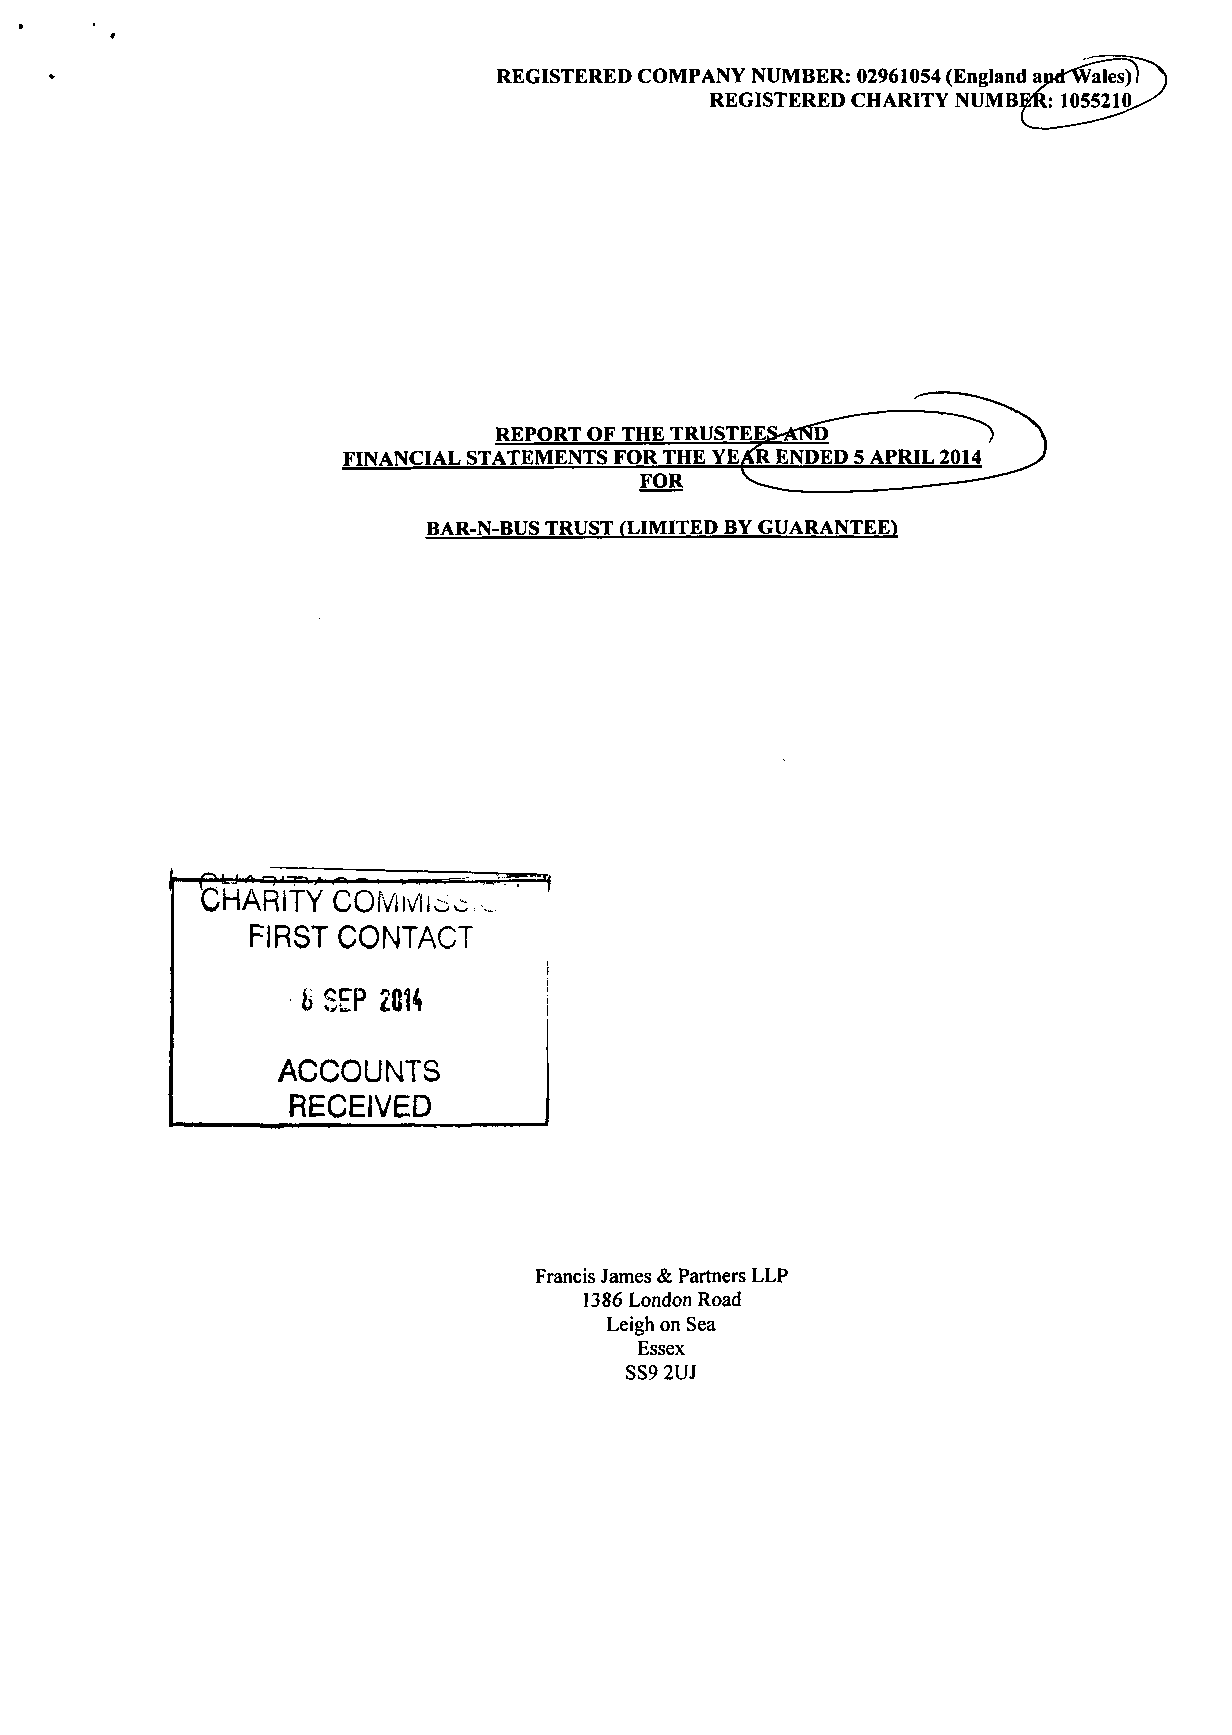
REGISTERED COMPANY NUMBER: 02961054 (England ap<rWales)
 REGISTERED CHARITY NUMBER: 1055210
 REPORT OF THE TRUSTEES^fND^     N
 FINANCIAL STATEMENTS FOR THE YE^fRENDED 5 APRIL 2014
 FOR
 BAR-N-BUS TRUST (LIMITED BY GUARANTEE)
 OLJift —> f-r—i, ji . i . I,...,.-— „
 CHARITY  COMiviioc ..
 FIRST CONTACT
 b SEP 2CH
 ACCOUNTS
 RECEIVED
 Francis James & Partners LLP
 1386 London Road
 Leigh on Sea
 Essex
 SS9 2UJ